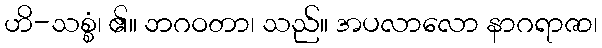
ဟိ-သစ္စံ၊ ၏။ ဘဂဝတာ၊ သည်။ အပလာလော နာဂရာဇာ၊